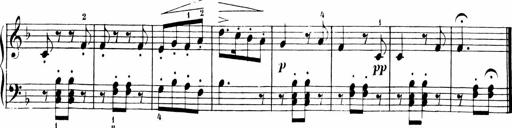
Title: 6 Liedersonatinen
Composer: Carl Reinecke